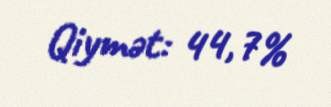
Qiymət: 44,7%